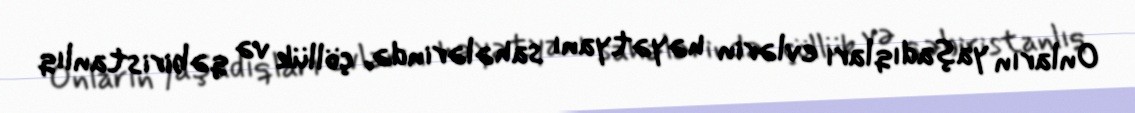
Onların yaşadıqları evlərin həyətyanı sahələrində, çöllük və qəbiristanlıq